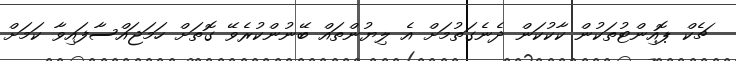
ޗެކް ޕޮއިންޓުތަކުން ކާކުކަން ދެނެގަތުމަށް އެ ލިޔުންތައް ބޭނުންކުރެވޭ ގޮތަށް ހަމަޖައްސާފައިވާ ކަމަށް